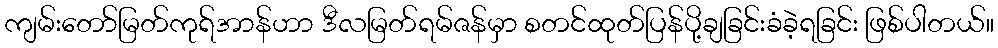
ကျမ်းတော်မြတ်ကုရ်အာန်ဟာ ဒီလမြတ်ရမ်ဇန်မှာ စတင်ထုတ်ပြန်ပို့ချခြင်းခံခဲ့ရခြင်း ဖြစ်ပါတယ်။